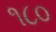
૧૮૦